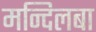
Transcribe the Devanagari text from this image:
मन्दिलबा